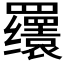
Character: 𬙫